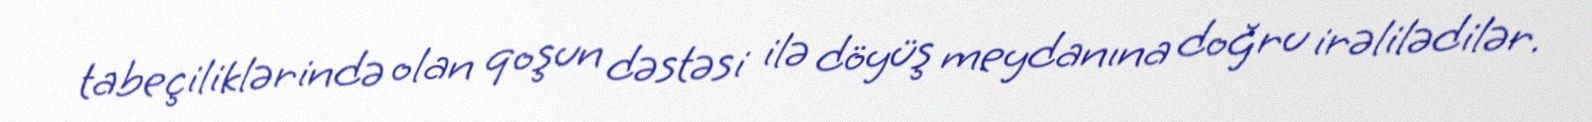
tabeçiliklərində olan qoşun dəstəsi ilə döyüş meydanına doğru irəlilədilər.